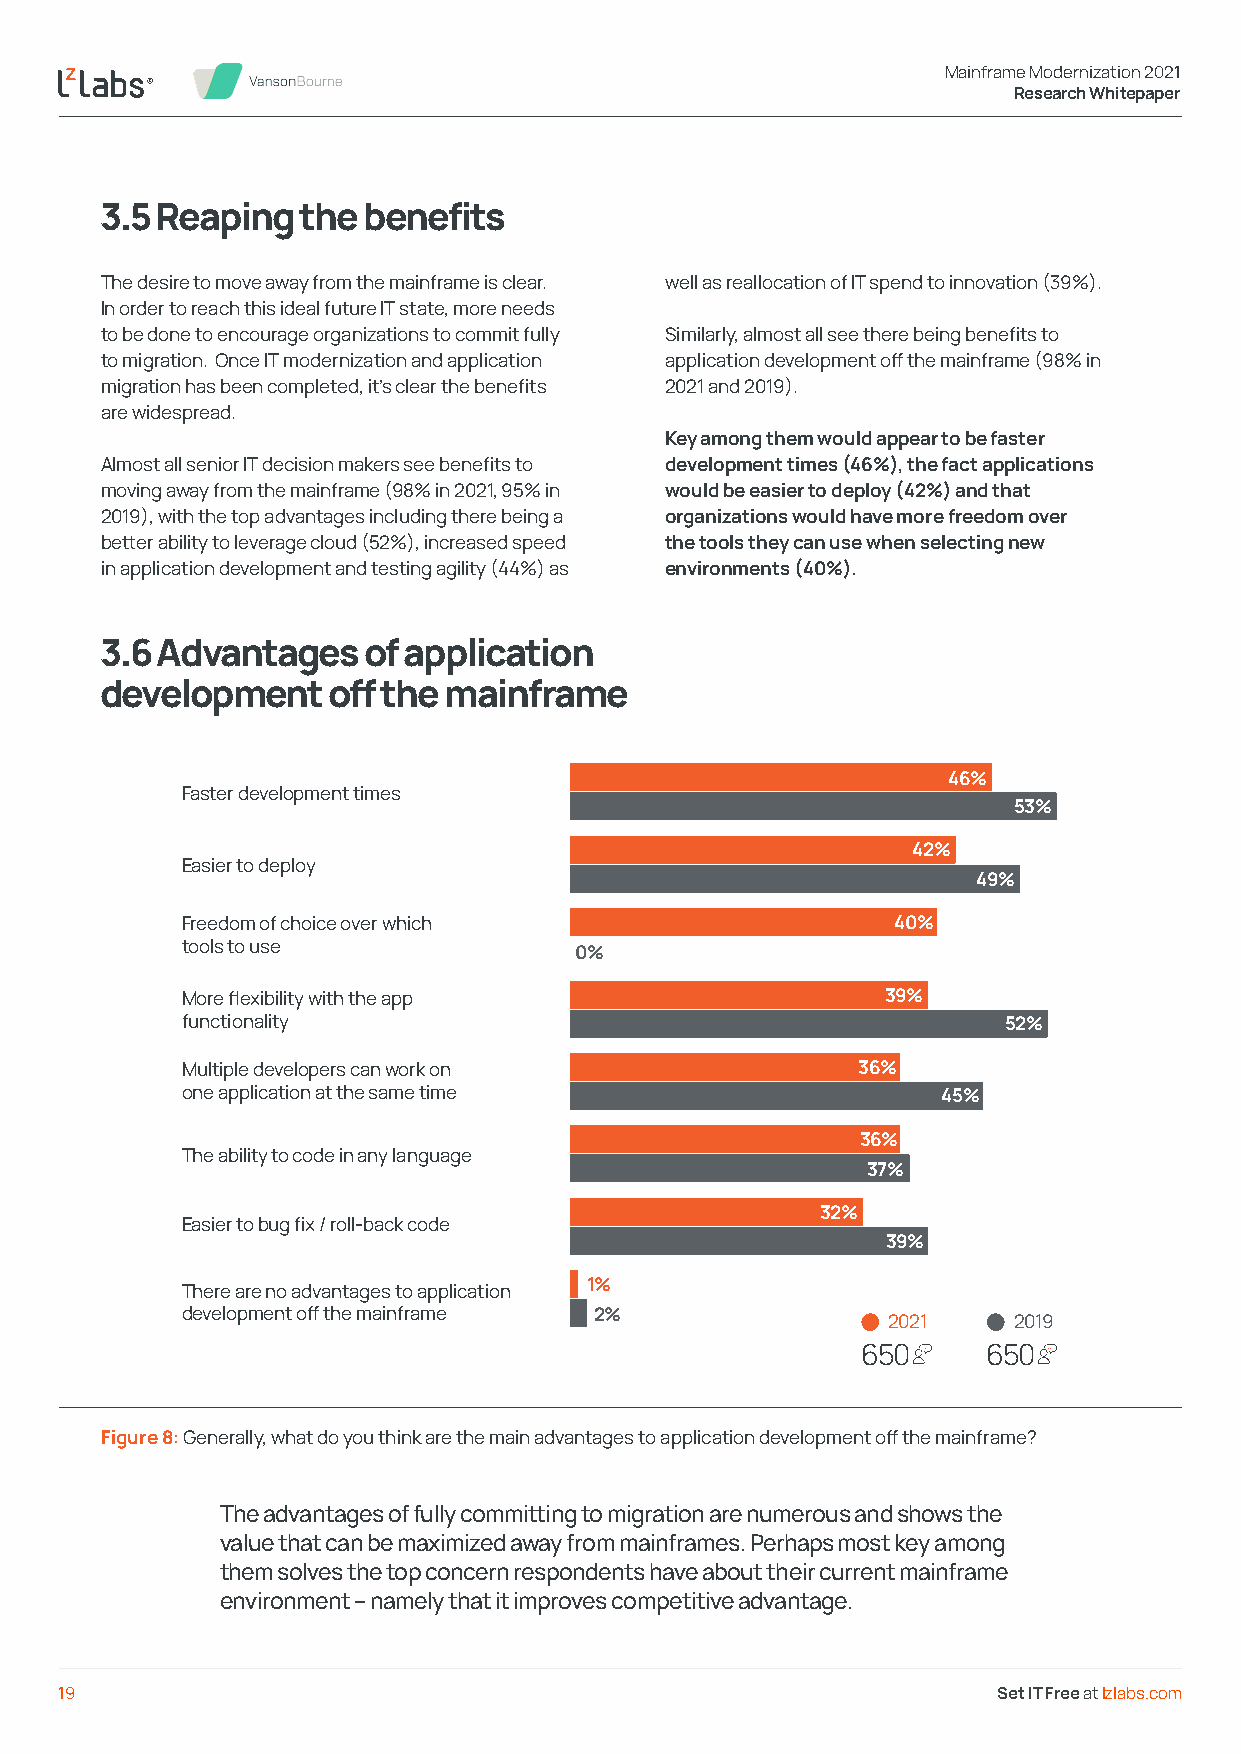
Mainframe Modernization 2021
 Research Whitepaper
 3.5 Reaping  the benefits
 The desire to move away from the mainframe is clear. well as reallocation of IT spend to innovation (39%).
 In order to reach this ideal future IT state, more needs
 to be done to encourage organizations to commit fully Similarly, almost all see there being benefits to
 to migration. Once IT modernization and application application development off the mainframe (98% in
 migration has been completed, it’s clear the benefits 2021 and 2019).
 are widespread.
 Key among them would appear to be faster
 Almost all senior IT decision makers see benefits to development times (46%), the fact applications
 moving away from the mainframe (98% in 2021, 95% in would be easier to deploy (42%) and that
 2019), with the top advantages including there being a organizations would have more freedom over
 better ability to leverage cloud (52%), increased speed the tools they can use when selecting new
 in application development and testing agility (44%) as environments (40%).
 3.6 Advantages   of application
 development    off the mainframe
 46%
 Faster development times
 53%
 42%
 Easier to deploy
 49%
 Freedom of choice over which                   40%
 tools to use
 0%
 More flexibility with the app                  39%
 functionality                                          52%
 Multiple developers can work on              36%
 one application at the same time                  45%
 36%
 The ability to code in any language
 37%
 32%
 Easier to bug fix / roll-back code
 39%
 There are no advantages to application 1%
 development off the mainframe 2%
 2021    2019
 650     650
 Figure 8: Generally, what do you think are the main advantages to application development off the mainframe?
 The advantages of fully committing to migration are numerous and shows the
 value that can be maximized away from mainframes. Perhaps most key among
 them solves the top concern respondents have about their current mainframe
 environment – namely that it improves competitive advantage.
 19                                                            Set IT Free at lzlabs.com